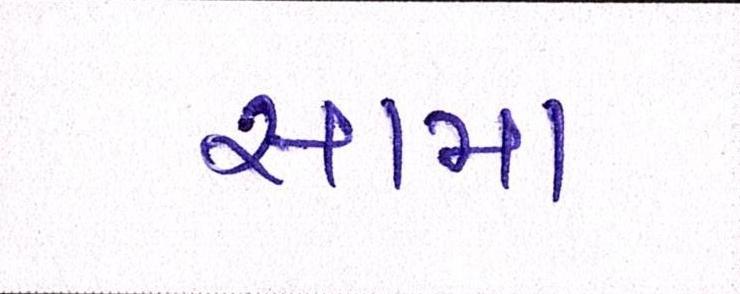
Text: સામા